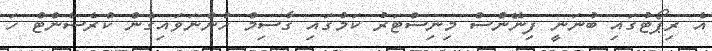
އެ ރިޕޯޓުގައި ބުނަނީ ފިނޭންސް މިނިސްޓަރު ކަމުގައި ގާސިމް ހުންނަވައިގެން ކްރެސެންޓް ހަ